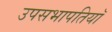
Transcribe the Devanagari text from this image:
उपसभापतियॉ